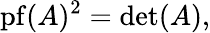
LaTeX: \operatorname{pf}(A)^{2}=\operatorname*{det}(A),